Insane asylums in Bengal annual reports 1876-1887 - 1876-1887
Year: 1876
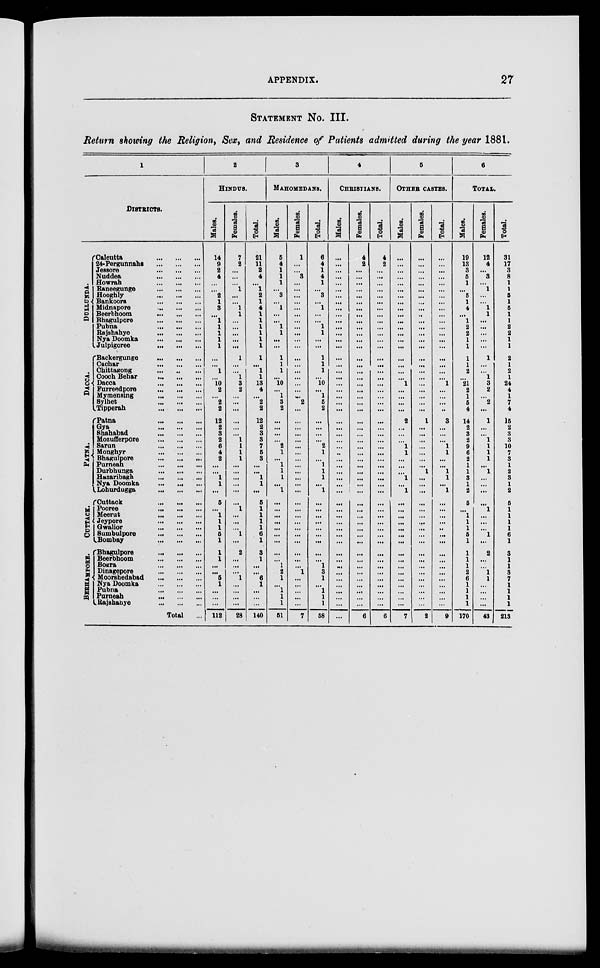
APPENDIX.
27
STATEMENT No. III.
Return showing the Religion, Sex, and Residence of Patients admitted during the year 1881.
1
DISTRICTS.
DULLUNDA.
DACCA.
PATNA.
CUTTACK.
BERHAMPORE.
Calcutta
...
...
...
24-Pergunnahs
...
...
...
Jessore
...
...
...
Nuddea ... ... ...
Howrah
...
...
...
Raneegunge
...
...
...
Hooghly
...
...
...
Bankoora ... ... ...
Midnapore
...
...
...
Beerbhoom
...
...
...
Bhagulpore
...
...
...
Pubna
...
...
...
Rajshahye
...
...
...
Nya Doomka
...
...
...
Julpigoree
...
...
...
Baokergunge
...
...
...
Cachar
...
...
...
Chittagong ... ... ...
Cooch Behar
...
...
...
Dacca
...
...
...
Furreedpore ... ... ...
Mymensing
...
...
...
Sylhet
...
...
...
Tipperah
...
...
...
Patna
...
...
...
Gya
...
...
...
Shahabad
...
...
...
Mozufferpore
...
...
...
Sarun
...
...
...
Monghyr
...
...
...
Bhagulpore
...
...
...
Purneah
...
...
...
Durbhunga
...
...
...
Hazaribagh
...
...
...
Nya Doomka
...
...
...
Lohurdugga
...
...
...
Cuttack
...
...
...
Pooree
...
...
...
Meerut
...
...
...
Jeypore
...
...
...
Gwalior
...
...
...
Sumbulpore
...
...
...
Bombay
...
...
...
Bhagulpore
...
...
...
Beerbhoom
...
...
...
Bogra
...
...
...
Dinagepore
...
...
...
Moorshedabad
...
...
...
Nya Doomka
...
...
...
Pubna
...
...
...
Purneah
...
...
...
Rajshabye
...
...
...
Total
...
2
HINDUS.
Males.
14
9
2
4
...
...
2
1
3
...
1
1
1
1
1
...
...
1
...
10
2
...
2
2
12
2
3
2
6
4
2
...
...
1
1
...
5
...
1
1
1
5
1
1
1
...
...
5
1
...
...
...
112
Females.
7
2
...
...
...
1
...
...
1
1
...
...
...
...
...
1
...
...
1
3
2
...
...
...
...
...
...
1
1
1
1
...
...
...
...
...
...
1
...
...
...
1
...
2
...
...
...
1
...
...
...
...
28
Total.
21
11
2
4
...
1
2
1
4
1
1
1
1
1
1
1
...
1
1
13
4
...
2
2
12
2
3
3
7
5
3
...
...
1
1
...
5
1
1
1
1
6
1
3
1
...
...
6
1
...
...
...
140
3
MAHOMEDANS.
Males.
5
4
1
1
1
...
3
...
1
...
...
1
1
...
...
1
1
1
...
10
...
1
3
2
...
...
...
...
2
1
...
1
1
1
...
1
...
...
...
...
...
...
...
...
...
1
2
1
...
1
1
1
51
Females.
1
...
...
3
...
...
...
...
...
...
...
...
...
...
...
...
...
...
...
...
...
...
2
...
...
...
...
...
...
...
...
...
...
...
...
...
...
...
...
...
...
...
...
...
...
...
1
...
...
...
...
...
7
Total.
6
4
1
4
1
...
3
...
1
...
...
1
1
...
...
1
1
1
...
10
...
1
5
2
...
...
...
...
2
1
...
1
1
1
...
1
...
...
...
...
...
...
...
...
...
1
3
1
...
1
1
1
58
4
CHRISTIANS.
Males.
...
...
...
...
...
...
...
...
...
...
...
...
...
...
...
...
...
...
...
...
...
...
...
...
...
...
...
...
...
...
...
...
...
...
...
...
...
...
...
...
...
...
...
...
...
...
...
...
...
...
...
...
...
Females.
4
2
...
...
...
...
...
...
...
...
...
...
...
...
...
...
...
...
...
...
...
...
...
...
...
...
...
...
...
...
...
...
...
...
...
...
...
...
...
...
...
...
...
...
...
...
...
...
...
...
...
...
6
Total.
4
2
...
...
...
...
...
...
...
...
...
...
...
...
...
...
...
...
...
...
...
...
...
...
...
...
...
...
...
...
...
...
...
...
...
...
...
...
...
...
...
...
...
...
...
...
...
...
...
...
...
...
6
5
OTHER CASTES.
Males.
...
...
...
...
...
...
...
...
...
...
...
...
...
...
...
...
...
...
...
1
...
...
...
...
2
...
...
...
1
1
...
...
...
1
...
1
...
...
...
...
...
...
...
...
...
...
...
...
...
...
...
...
7
Females.
...
...
...
...
...
...
...
...
...
...
...
...
...
...
...
...
...
...
...
...
...
...
...
...
1
...
...
...
...
...
...
...
1
...
...
...
...
...
...
...
...
...
...
...
...
...
...
...
...
...
...
...
2
Total.
...
...
...
...
...
...
...
...
...
...
...
...
...
...
...
...
...
...
...
1
...
...
...
..
3
...
...
...
1
1
...
...
1
1
...
1
...
...
...
...
...
...
...
...
...
...
...
...
...
...
...
...
9
6
TOTAL.
Males.
19
13
3
5
1
...
5
1
4
...
1
2
2
1
1
1
1
2
...
21
2
1
5
4
14
2
3
2
9
6
2
1
1
3
1
2
5
...
1
1
1
5
1
1
1
1
2
6
1
1
1
1
170
Females.
12
4
...
3
...
1
...
...
1
1
...
...
...
...
...
1
...
...
1
3
2
...
2
...
1
...
...
1
1
1
1
...
1
...
...
...
...
1
...
...
...
1
...
2
...
...
1
1
...
...
...
...
43
Total.
31
17
3
8
1
1
5
1
5
1
1
2
2
1
1
2
1
2
1
24
4
1
7
4
15
2
3
3
10
7
3
1
2
3
1
2
5
1
1
1
1
6
1
3
1
1
3
7
1
1
1
1
213